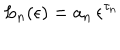
LaTeX: L _ { n } ( \epsilon ) = a _ { n } \, \epsilon ^ { \tau _ { n } } \;